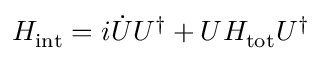
H _ { \mathrm { { i n t } } } = i \dot { U } U ^ { \dagger } + U H _ { \mathrm { { t o t } } } U ^ { \dagger }